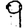
Digit: 9